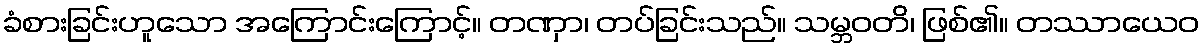
ခံစားခြင်းဟူသော အကြောင်းကြောင့်။ တဏှာ၊ တပ်ခြင်းသည်။ သမ္ဘဝတိ၊ ဖြစ်၏။ တဿာယေဝ